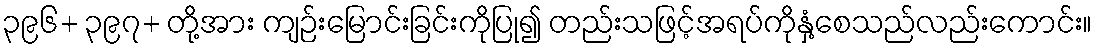
၃၉၆+ ၃၉၇+ တို့အား ကျဉ်းမြောင်းခြင်းကိုပြု၍ တည်းသဖြင့်အရပ်ကိုနှံ့စေသည်လည်းကောင်း။